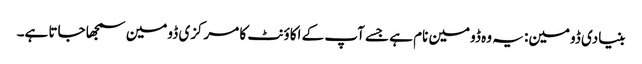
بنیادی ڈومین: یہ وہ ڈومین نام ہے جسے آپ کے اکاؤنٹ کا مرکزی ڈومین سمجھا جاتا ہے۔